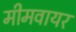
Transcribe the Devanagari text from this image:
मीमवायर